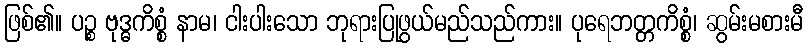
ဖြစ်၏။ ပဉ္စ ဗုဒ္ဓကိစ္စံ နာမ၊ ငါးပါးသော ဘုရားပြုဖွယ်မည်သည်ကား။ ပုရေဘတ္တကိစ္စံ၊ ဆွမ်းမစားမီ